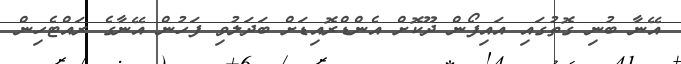
އޭނާ ބުނި ގޮތުގައި އައިފޯން ދޫކޮށް އެންޑްރޮއިޑަށް ބަދަލުވި ފަހުން އޭނާގެ ރައްޓެހިން